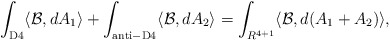
\begin{align*}\int_{\rm D4} \langle {\cal B}, dA_1\rangle+\int_{\rm anti-D4}\langle {\cal B}, dA_2\rangle =\int_{R^{4+1}} \langle {\cal B}, d(A_1+A_2)\rangle , \end{align*}